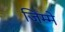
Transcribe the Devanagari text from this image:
जिम्‍मे